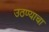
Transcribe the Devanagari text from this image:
उठण्याचा